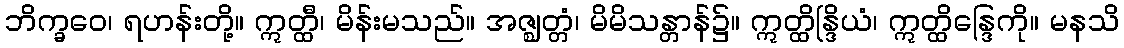
ဘိက္ခဝေ၊ ရဟန်းတို့။ ဣတ္ထီ၊ မိန်းမသည်။ အဇ္ဈတ္တံ၊ မိမိသန္တာန်၌။ ဣတ္ထိန္ဒြိယံ၊ ဣတ္ထိန္ဒြေကို။ မနသိ